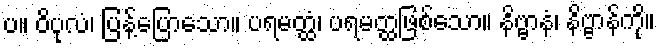
ပ။ ဝိပုလံ၊ ပြန့်ပြောသော။ ပရမတ္ထံ၊ ပရမတ္ထဖြစ်သော။ နိဗ္ဗာနံ၊ နိဗ္ဗာန်ကို။